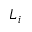
L _ { i }